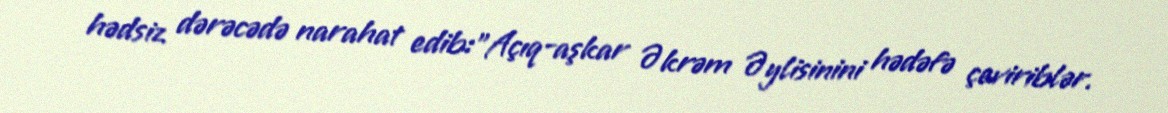
hədsiz dərəcədə narahat edib:”Açıq-aşkar Əkrəm Əylisinini hədəfə çeviriblər.